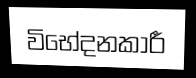
විභේදනකාරී